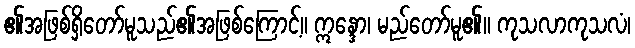
၏အဖြစ်ရှိတော်မူသည်၏အဖြစ်ကြောင့်။ ဣန္ဒော၊ မည်တော်မူ၏။ ကုသလာကုသလံ၊